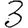
Digit: 3